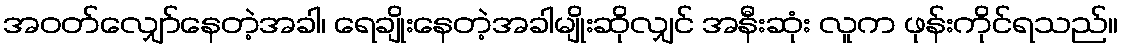
အဝတ်လျှော်နေတဲ့အခါ၊ ရေချိုးနေတဲ့အခါမျိုးဆိုလျှင် အနီးဆုံး လူက ဖုန်းကိုင်ရသည်။